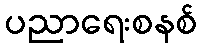
ပညာရေးစနစ်